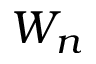
W _ { n }